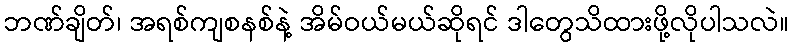
ဘဏ်ချိတ်၊ အရစ်ကျစနစ်နဲ့ အိမ်ဝယ်မယ်ဆိုရင် ဒါတွေသိထားဖို့လိုပါသလဲ။